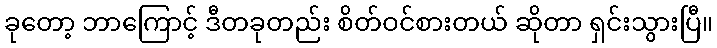
ခုတော့ ဘာကြောင့် ဒီတခုတည်း စိတ်ဝင်စားတယ် ဆိုတာ ရှင်းသွားပြီ။